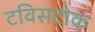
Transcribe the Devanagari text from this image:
टविसटोक